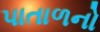
પાતાળનો